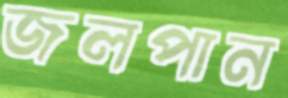
জলপান